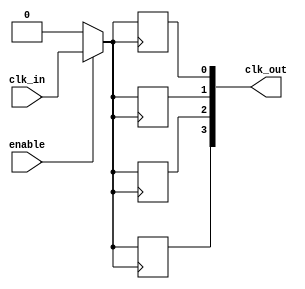
module ClockTreeBuffer (
    input wire clk_in,        // Primary clock input
    input wire enable,        // Enable signal for clock gating
    output wire [N-1:0] clk_out // Array of clock outputs
);
    parameter N = 4; // Number of clock outputs
    parameter DELAY = 1; // Buffer delay (in simulation units)

    wire gated_clk; // Gated clock signal

    // Clock Gating Logic
    assign gated_clk = enable ? clk_in : 1'b0;

    // Buffer Stages
    genvar i;
    generate
        for (i = 0; i < N; i = i + 1) begin : buffer_stage
            // Buffer with delay
            reg clk_buf;
            always @(posedge gated_clk) begin
                #DELAY clk_buf <= gated_clk; // Simulate buffer delay
            end
            assign clk_out[i] = clk_buf;
        end
    endgenerate

endmodule